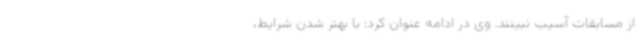
از مسابقات آسیب نبینند. وی در ادامه عنوان کرد: با بهتر شدن شرایط،